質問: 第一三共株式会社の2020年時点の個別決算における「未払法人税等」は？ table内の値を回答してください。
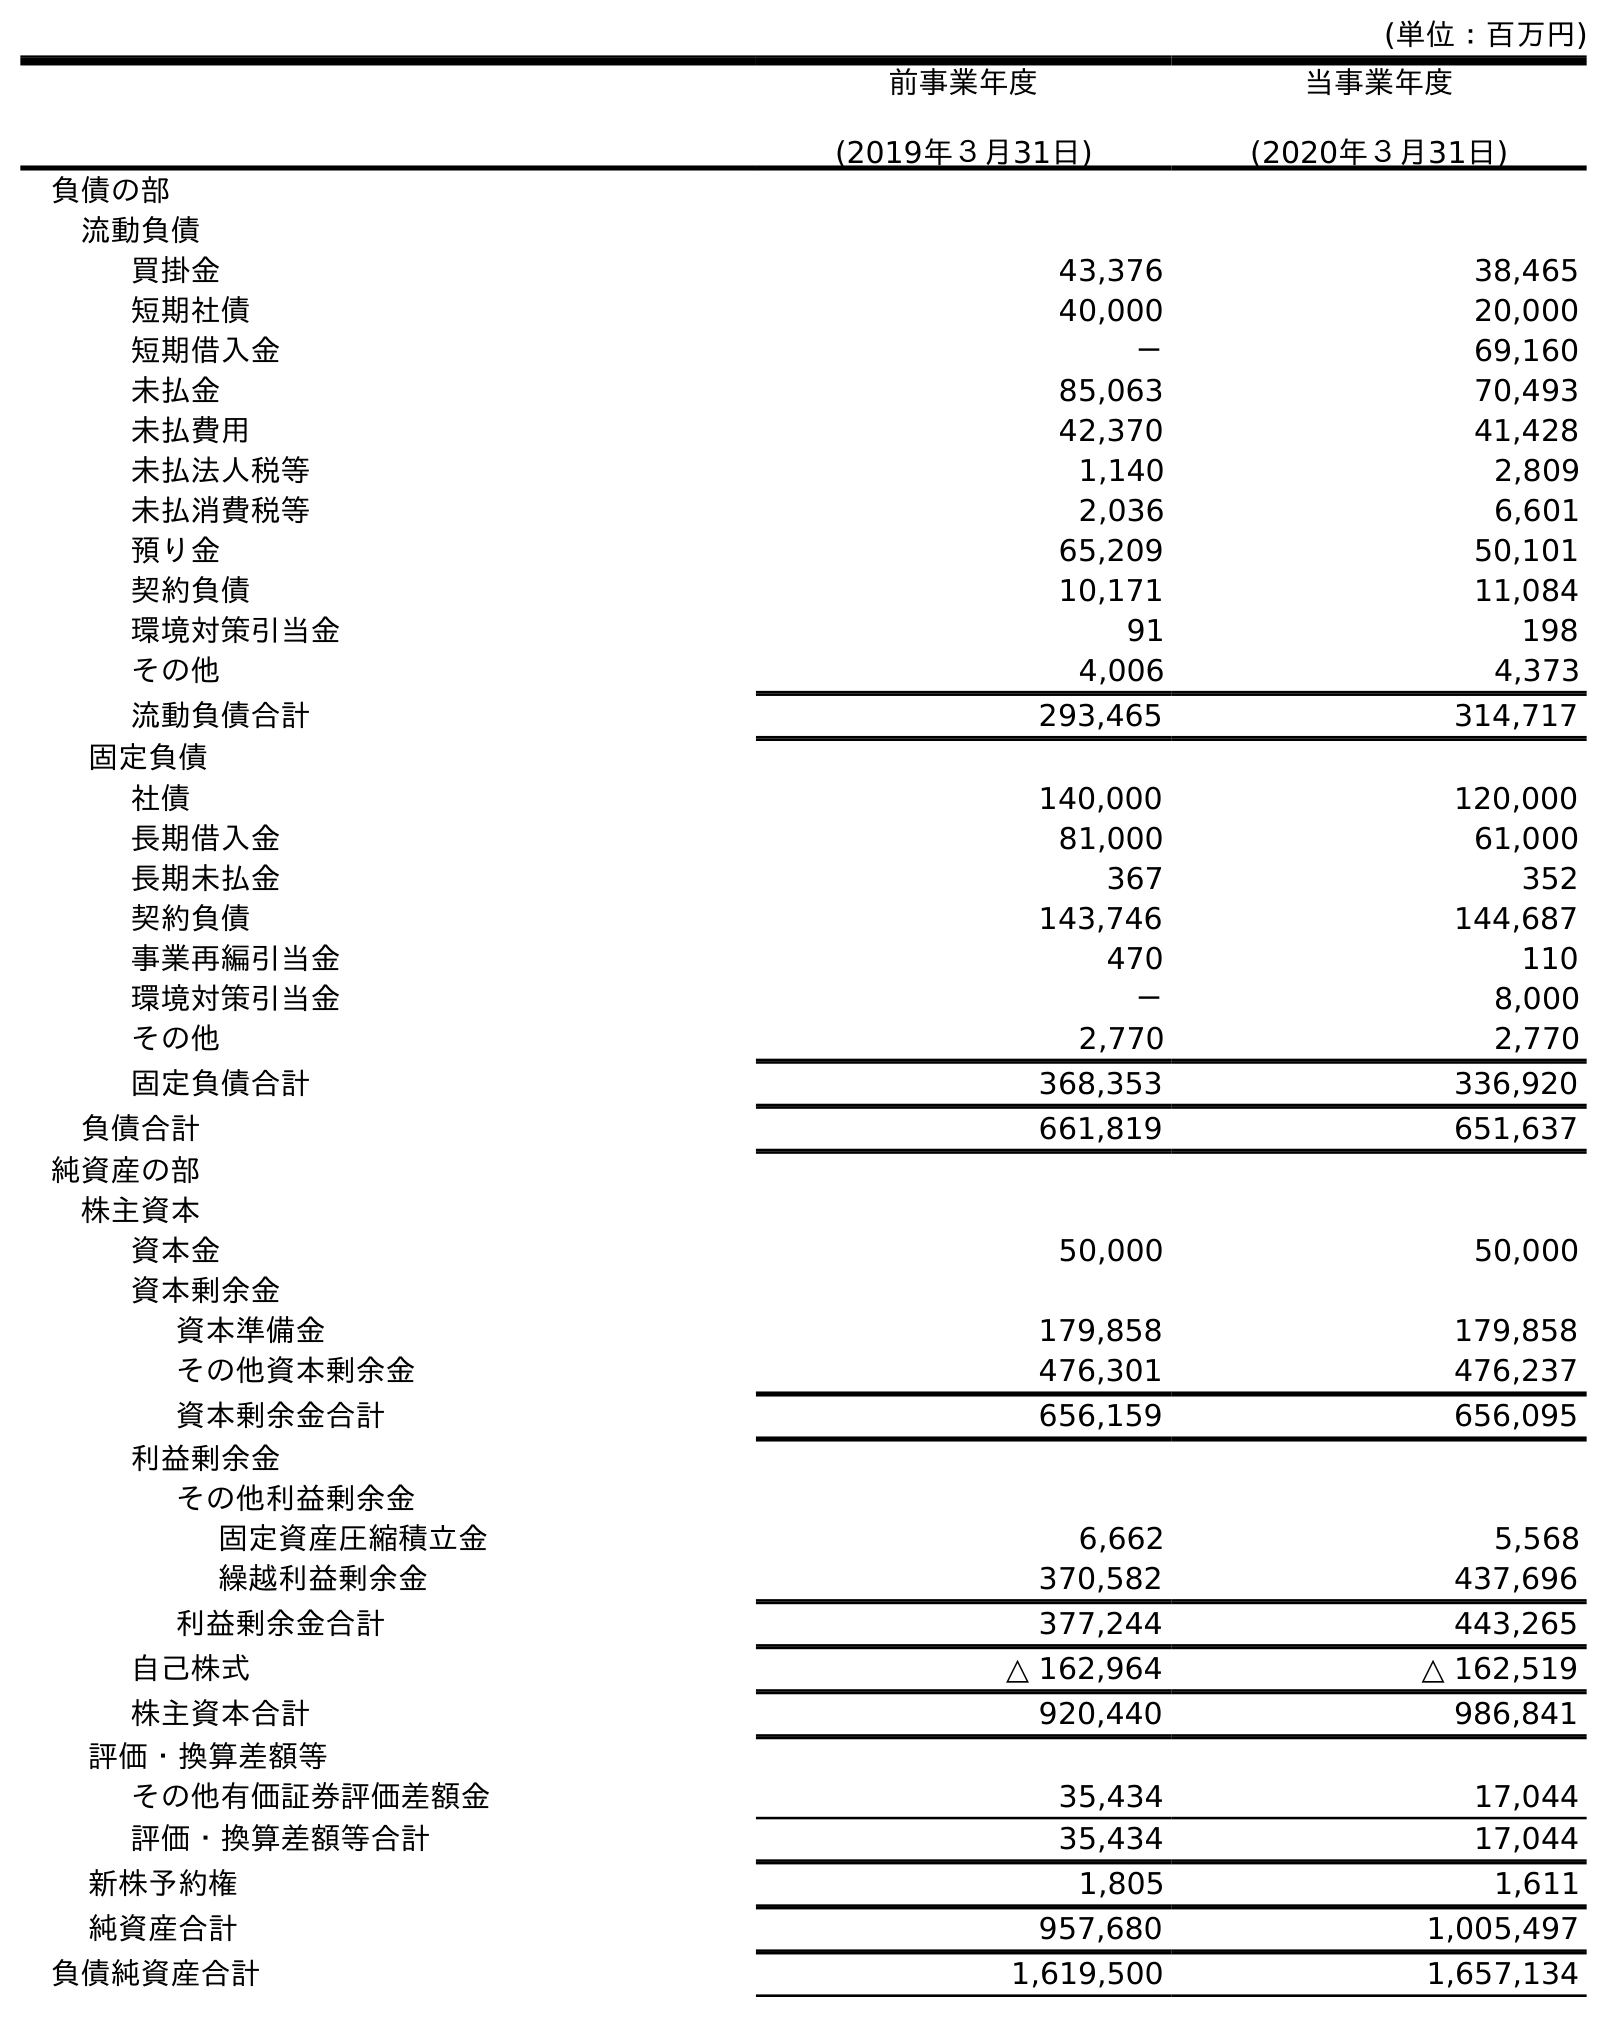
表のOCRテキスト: (単位：百万円) 前事業年度 (2019年３月31日) 当事業年度 (2020年３月31日) 負債の部 流動負債 買掛金 43,376 38,465 短期社債 40,000 20,000 短期借入金 － 69,160 未払金 85,063 70,493 未払費用 42,370 41,428 未払法人税等 1,140 2,809 未払消費税等 2,036 6,601 預り金 65,209 50,101 契約負債 10,171 11,084 環境対策引当金 91 198 その他 4,006 4,373 流動負債合計 293,465 314,717 固定負債 社債 140,000 120,000 長期借入金 81,000 61,000 長期未払金 367 352 契約負債 143,746 144,687 事業再編引当金 470 110 環境対策引当金 － 8,000 その他 2,770 2,770 固定負債合計 368,353 336,920 負債合計 661,819 651,637 純資産の部 株主資本 資本金 50,000 50,000 資本剰余金 資本準備金 179,858 179,858 その他資本剰余金 476,301 476,237 資本剰余金合計 656,159 656,095 利益剰余金 その他利益剰余金 固定資産圧縮積立金 6,662 5,568 繰越利益剰余金 370,582 437,696 利益剰余金合計 377,244 443,265 自己株式 △ 162,964 △ 162,519 株主資本合計 920,440 986,841 評価・換算差額等 その他有価証券評価差額金 35,434 17,044 評価・換算差額等合計 35,434 17,044 新株予約権 1,805 1,611 純資産合計 957,680 1,005,497 負債純資産合計 1,619,500 1,657,134
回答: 2,809